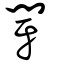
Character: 閕